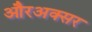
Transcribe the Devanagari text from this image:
औरअक्सर